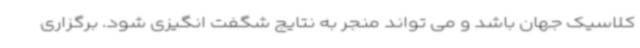
کلاسیک جهان باشد و می تواند منجر به نتایج شگفت انگیزی شود. برگزاری